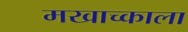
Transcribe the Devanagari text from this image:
मखाच्काला